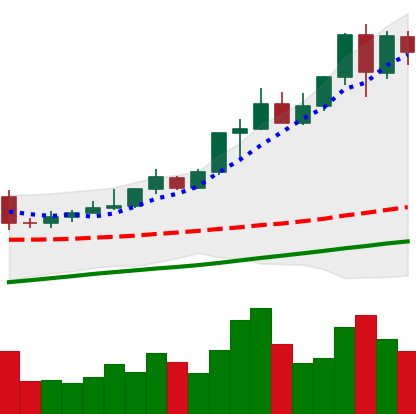
Ticker: XMR-USD
Chart end date: 2020-08-04
Forward return: 6.638%
Label: up_5_7